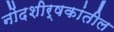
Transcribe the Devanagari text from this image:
नोंदशीर्षकांतील